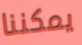
يمكننا